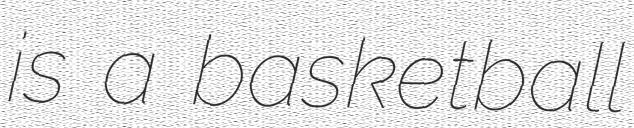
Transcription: is a basketball